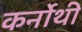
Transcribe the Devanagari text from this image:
कर्नोथी